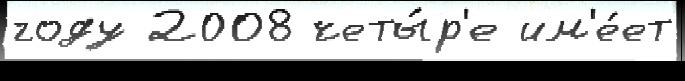
году 2008 четы́р'е им'е́ет